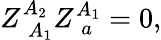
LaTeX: Z_{\; A_{1}}^{A_{2}}Z_{\; a}^{A_{1}}=0,